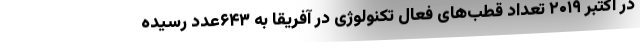
در اکتبر ۲۰۱۹ تعداد قطب‌های فعال تکنولوژی در آفریقا به ۶۴۳عدد رسیده